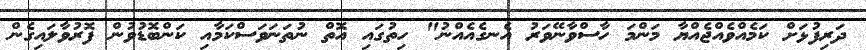
ދަރިފުޅަށް ކަމެއްވެއްޖެއްޔާ މަންމަ ހާސްވާނޭވަރު އެނގެއެއްނު" ހިތުގައި އޮތް ނުތަނަވަސްކަމާއި ކަންބޮޑުވުން ފޮރުވާލައިގެން